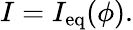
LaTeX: I=I_{\mathrm{eq}}(\phi).